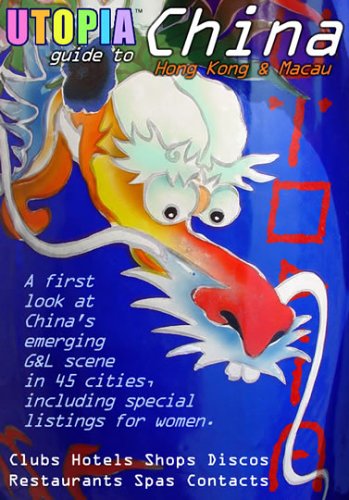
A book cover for Utopia Guide to China: the Gay and Lesbian Scene in 45 Chinese Cities Including Hong Kong and Macau; John Goss; Travel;